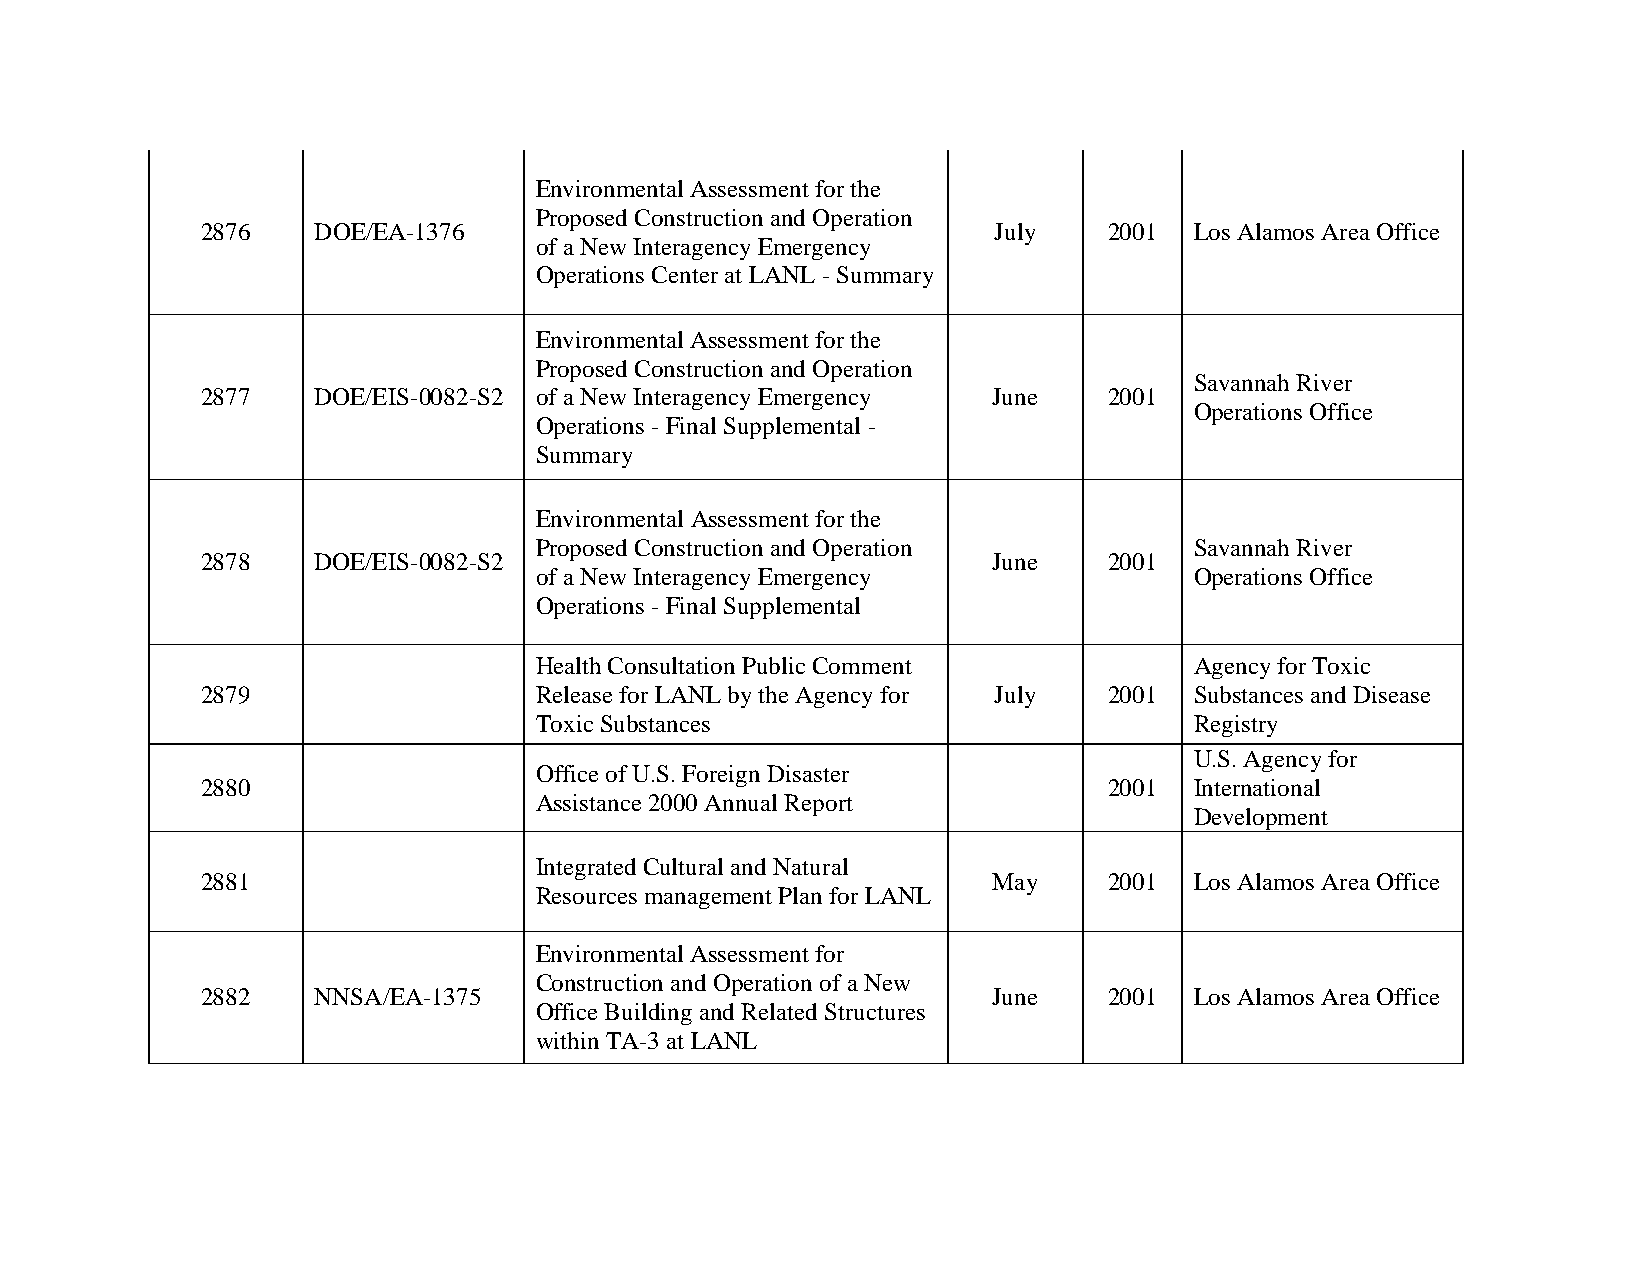
Environmental Assessment for the
 Proposed Construction and Operation
 2876    DOE/EA-1376                                  July   2001  Los Alamos Area Office
 of a New Interagency Emergency
 Operations Center at LANL - Summary
 Environmental Assessment for the
 Proposed Construction and Operation
 Savannah River
 2877    DOE/EIS-0082-S2 of a New Interagency Emergency June 2001
 Operations Office
 Operations - Final Supplemental -
 Summary
 Environmental Assessment for the
 Proposed Construction and Operation         Savannah River
 2878    DOE/EIS-0082-S2                              June   2001
 of a New Interagency Emergency              Operations Office
 Operations - Final Supplemental
 Health Consultation Public Comment          Agency for Toxic
 2879                  Release for LANL by the Agency for July 2001 Substances and Disease
 Toxic Substances                            Registry
 U.S. Agency for
 Office of U.S. Foreign Disaster
 2880                                                        2001  International
 Assistance 2000 Annual Report
 Development
 Integrated Cultural and Natural
 2881                                                 May    2001  Los Alamos Area Office
 Resources management Plan for LANL
 Environmental Assessment for
 Construction and Operation of a New
 2882    NNSA/EA-1375                                 June   2001  Los Alamos Area Office
 Office Building and Related Structures
 within TA-3 at LANL